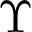
\Upsilon